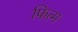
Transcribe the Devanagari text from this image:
फित्म